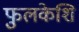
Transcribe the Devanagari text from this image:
फुलकेशि